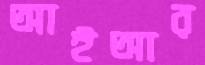
আইআর